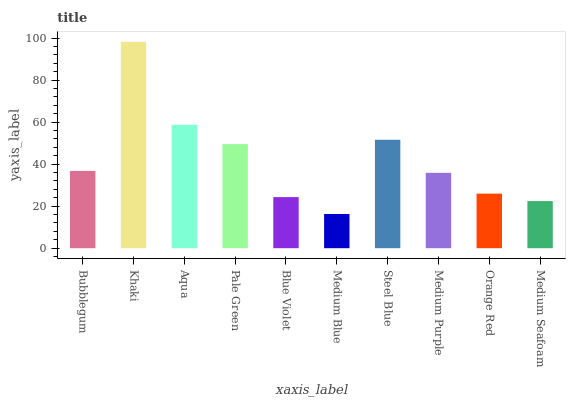
| xaxis_label | bars |
 | --- | --- |
 | Bubblegum | 36.8 |
 | Khaki | 98.3 |
 | Aqua | 58.7 |
 | Pale Green | 49.6 |
 | Blue Violet | 24.3 |
 | Medium Blue | 16.3 |
 | Steel Blue | 51.6 |
 | Medium Purple | 35.9 |
 | Orange Red | 26 |
 | Medium Seafoam | 22.4 |